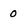
Character: 0